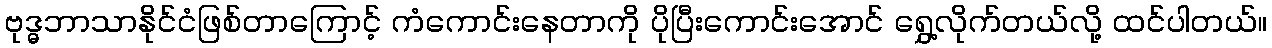
ဗုဒ္ဓဘာသာနိုင်ငံဖြစ်တာကြောင့် ကံကောင်းနေတာကို ပိုပြီးကောင်းအောင် ရွှေ့လိုက်တယ်လို့ ထင်ပါတယ်။